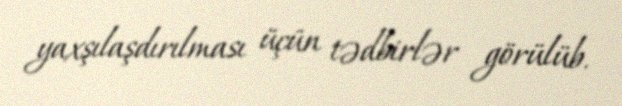
yaxşılaşdırılması üçün tədbirlər görülüb.